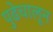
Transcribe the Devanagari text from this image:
पुढेचालून